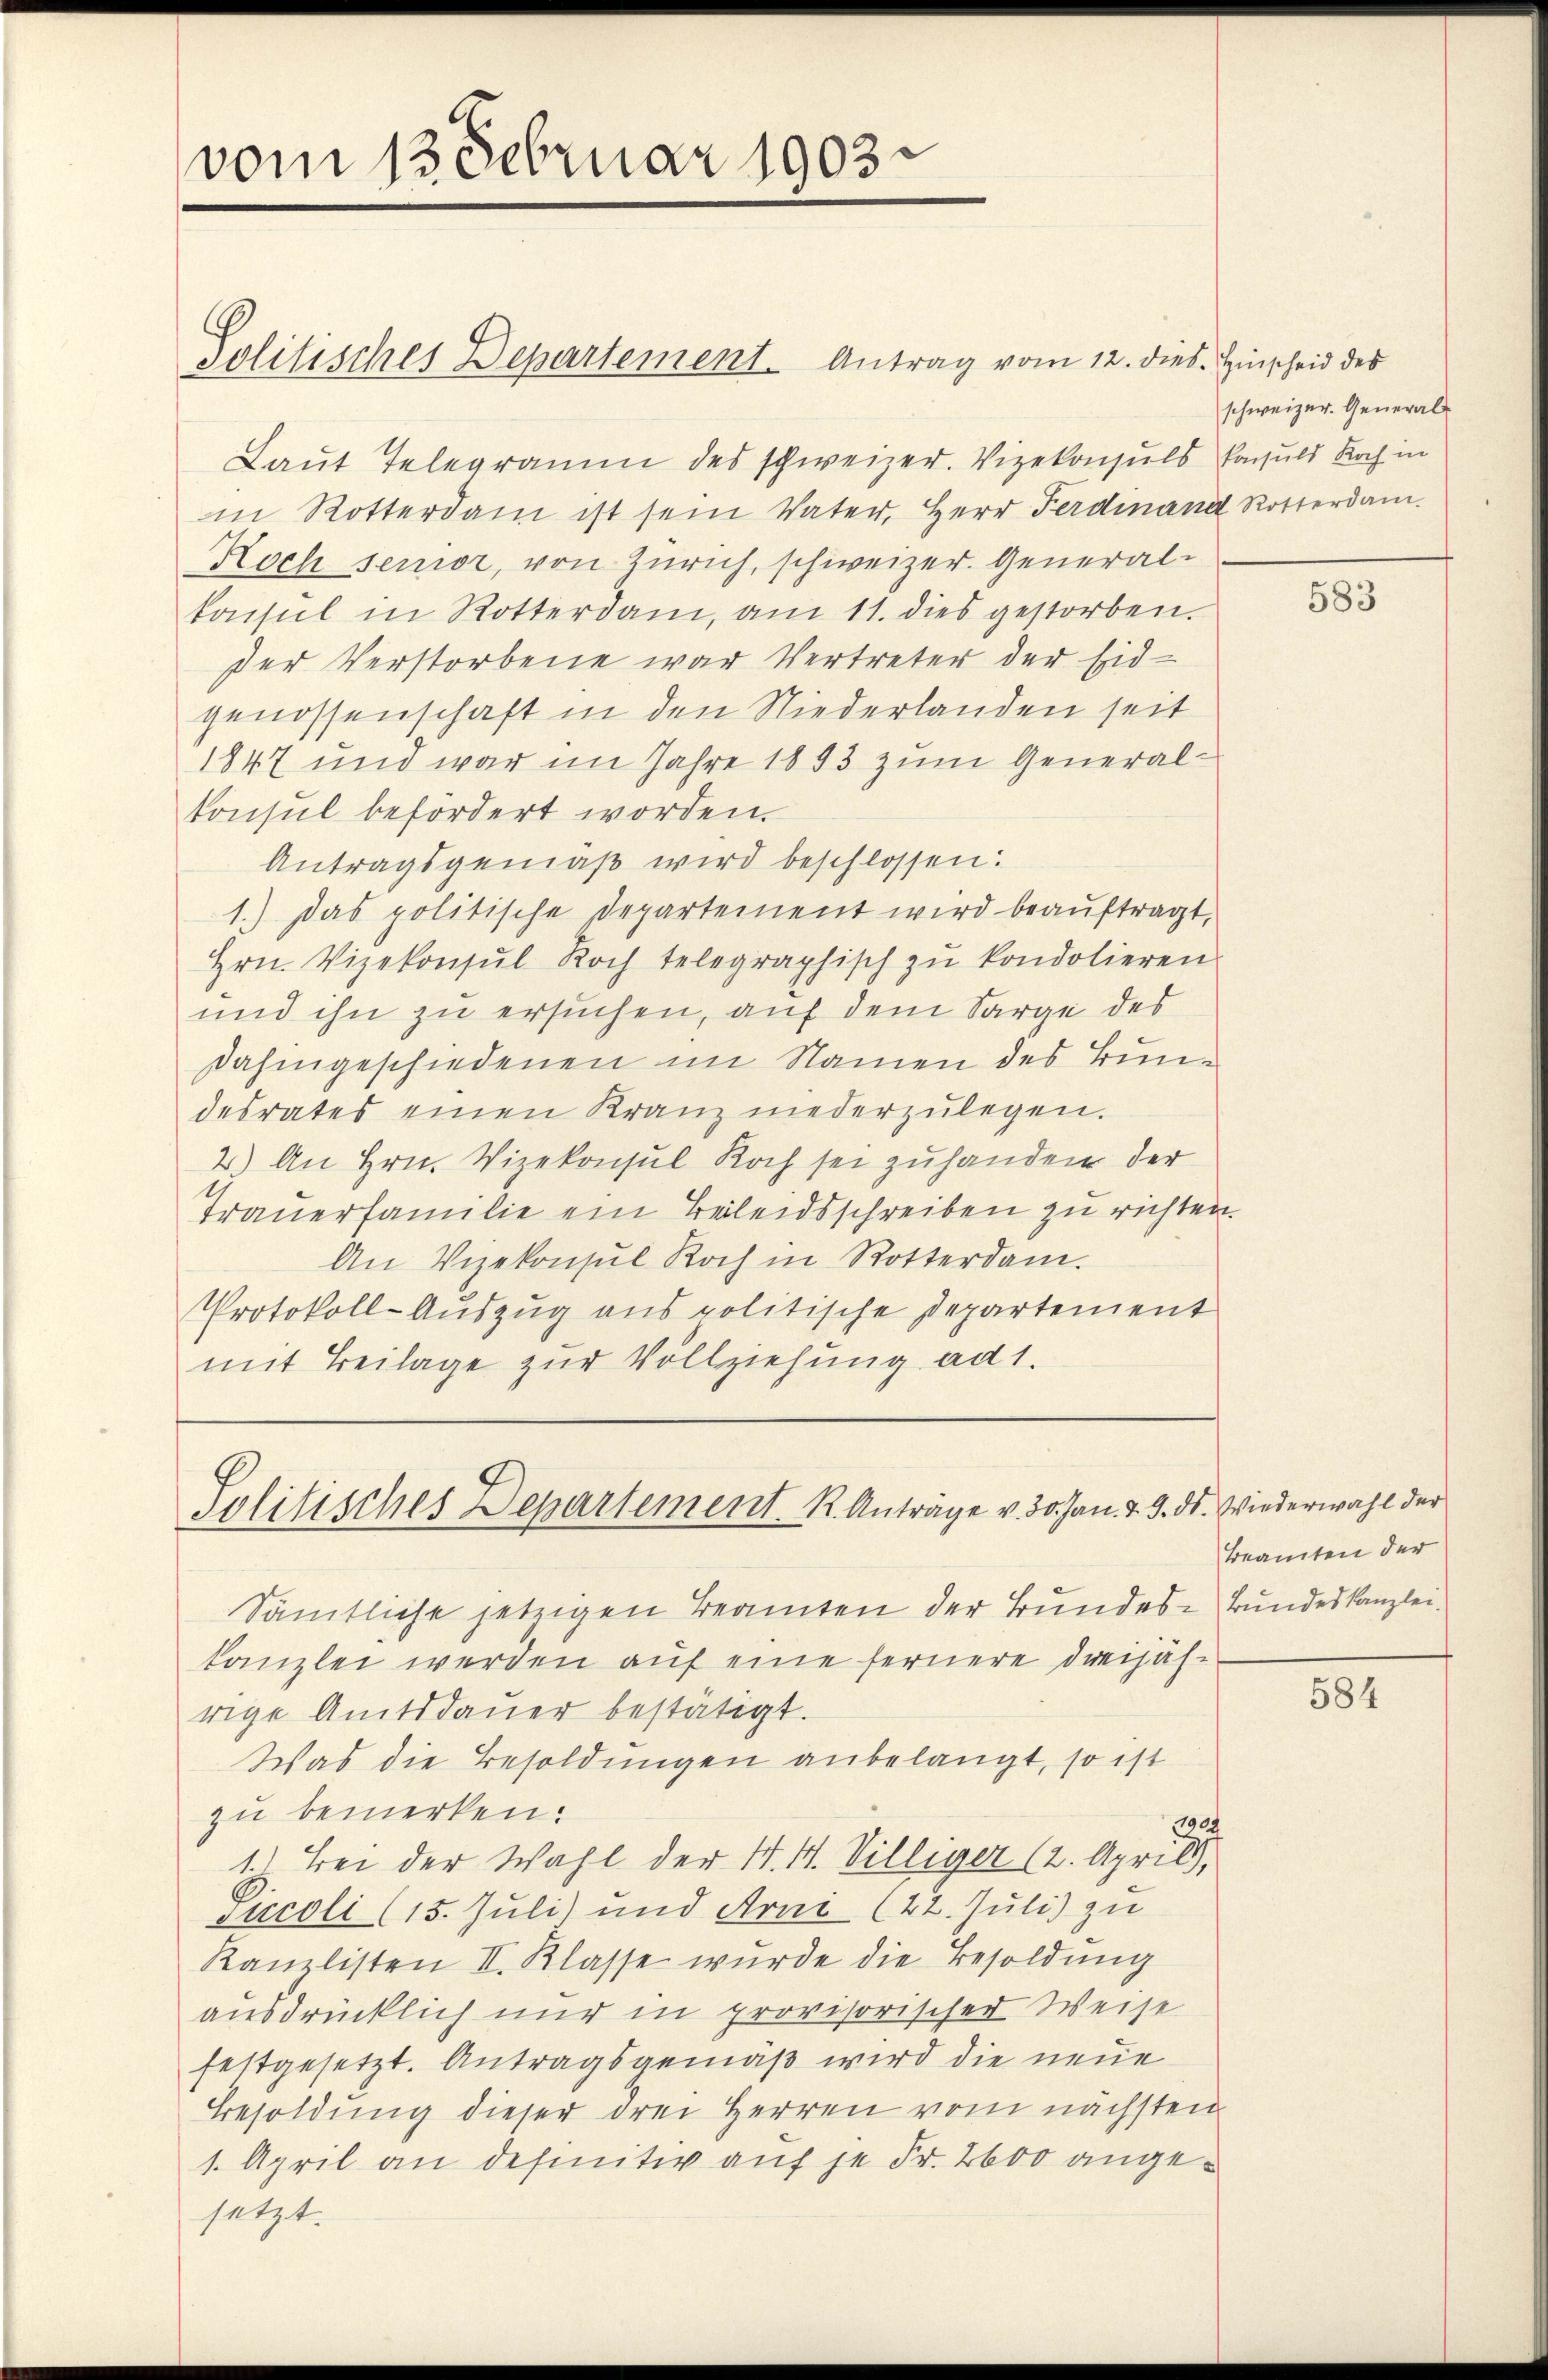
vom 13. Februar 1903.

Politisches Departement. Antrag vom 12. dies. Hinscheid des
Laut Telegramm des schweizer. Vizekonsuls Consuls Koch in
in Rotterdam ist sein Vater, Herr Ferdinand Rotterdam.
Koch senior, von Zürich, schweizer. Generalkonsul in Rotterdam, am 11. dies gestorben.
der Verstorbene war Vertreter der Eid-
genossenschaft in den Niederlanden seit
1847 und war im Jahre 1893 zum Generalkonsul befördert worden.
Antragsgemäß wird beschlossen:
1.) Das politische Departement wird beaŭftragt,
Hrn. Vizekonsul Koch telegraphisch zŭ kondolieren.
und ihn zu ersuchen, auf dem Sarge des
dahingeschiedenen im Namen des Bundesrates einen Kranz niederzulegen.
2.) An Hrn. Vizekonsul Koch sei zuhanden der
Trauerfamilie ein Beileidsschreiben zu richten.
An Vizekonsul Koch in Rotterdam.
Protokoll-Auszug aus politische Departement
mit Beilage zur Vollziehung ad 1.

Politisches Departement. K. Anträge v. 30. Jan. 2. 3. ds. Wiederwahl der

Sämtliche jetzigen Beamten der Bundes-Bundeskanzlei.
kanzlei werden auf eine fernere dreijährige Amtsdaŭer bestätigt.
Was die Besoldungen anbelangt, so ist
zu bemerken.
1904
t. Bei der Wahl der N. N. Villiger (2. April),
Piccoli (15. Juli) und Arni (22. Juli) zu
Kanzlisten II. Klasse wurde die Besoldung
ausdrücklich nur in provisorischer Weise
festgesetzt. Antragsgemäß wird die neue
Besoldung dieser drei Herren vom nächsten
1. April an definitiv auf je Fr. 2600 angesetzt.

schweizer. Generals

583

Beamten der

584